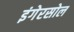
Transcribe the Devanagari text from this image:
इंगेरसोल